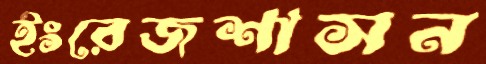
ইংরেজশাসন